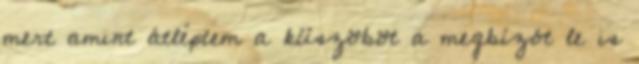
mert amint átléptem a küszöböt a megbízót le is